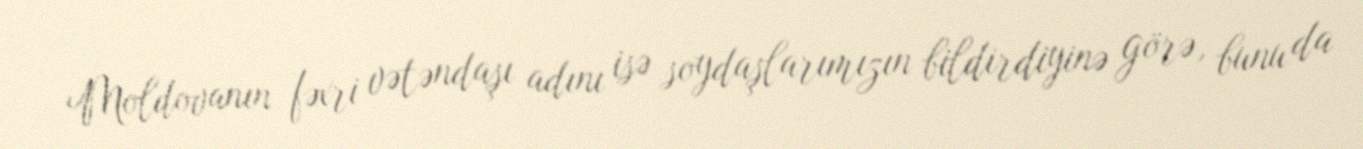
Moldovanın fəxri vətəndaşı adını isə soydaşlarımızın bildirdiyinə görə, bunu da